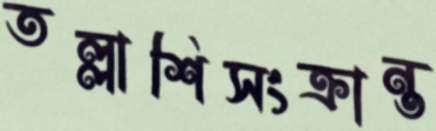
তল্লাশিসংক্রান্ত